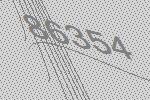
86354